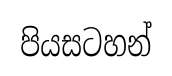
පියසටහන්